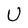
Character: U